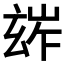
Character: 𤣧